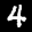
Label: 4